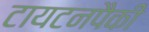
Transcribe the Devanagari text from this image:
टायटनपैकी